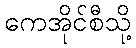
ကေအိုင်စီသို့